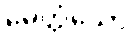
မေတ္တံသော